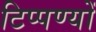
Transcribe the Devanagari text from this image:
टिप्पण्यों